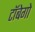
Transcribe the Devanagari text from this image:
टॉबेगो